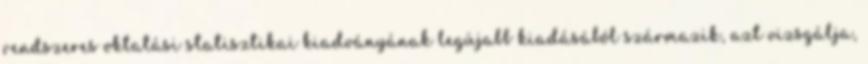
rendszeres oktatási statisztikai kiadványának legújabb kiadásából származik, azt vizsgálja,